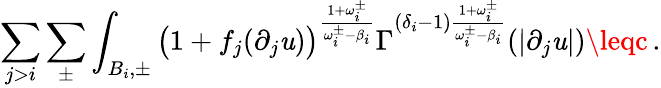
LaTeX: \sum_{j>i}\sum_{\pm}\int_{B_{i},\pm}\big(1+f_{j}(\partial_{j}\mathit{u})\big)^{\frac{{1+\omega_{i}^{\pm}}}{{\omega_{i}^{\pm}-\beta_{i}}}}\Gamma^{(\delta_{i}-1)\frac{{1+\omega_{i}^{\pm}}}{{\omega_{i}^{\pm}-\beta_{i}}}}(|\partial_{j}\mathit{u}|)\leqc\, .